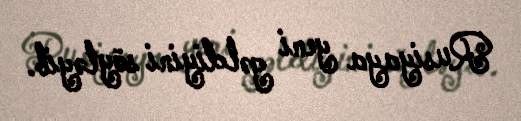
Rusiyaya yeni gəldiyini söyləyib.